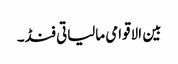
بین الاقوامی مالیاتی فنڈ۔